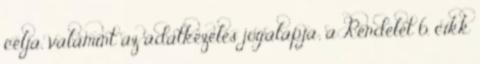
célja, valamint az adatkezelés jogalapja; a Rendelet 6. cikk